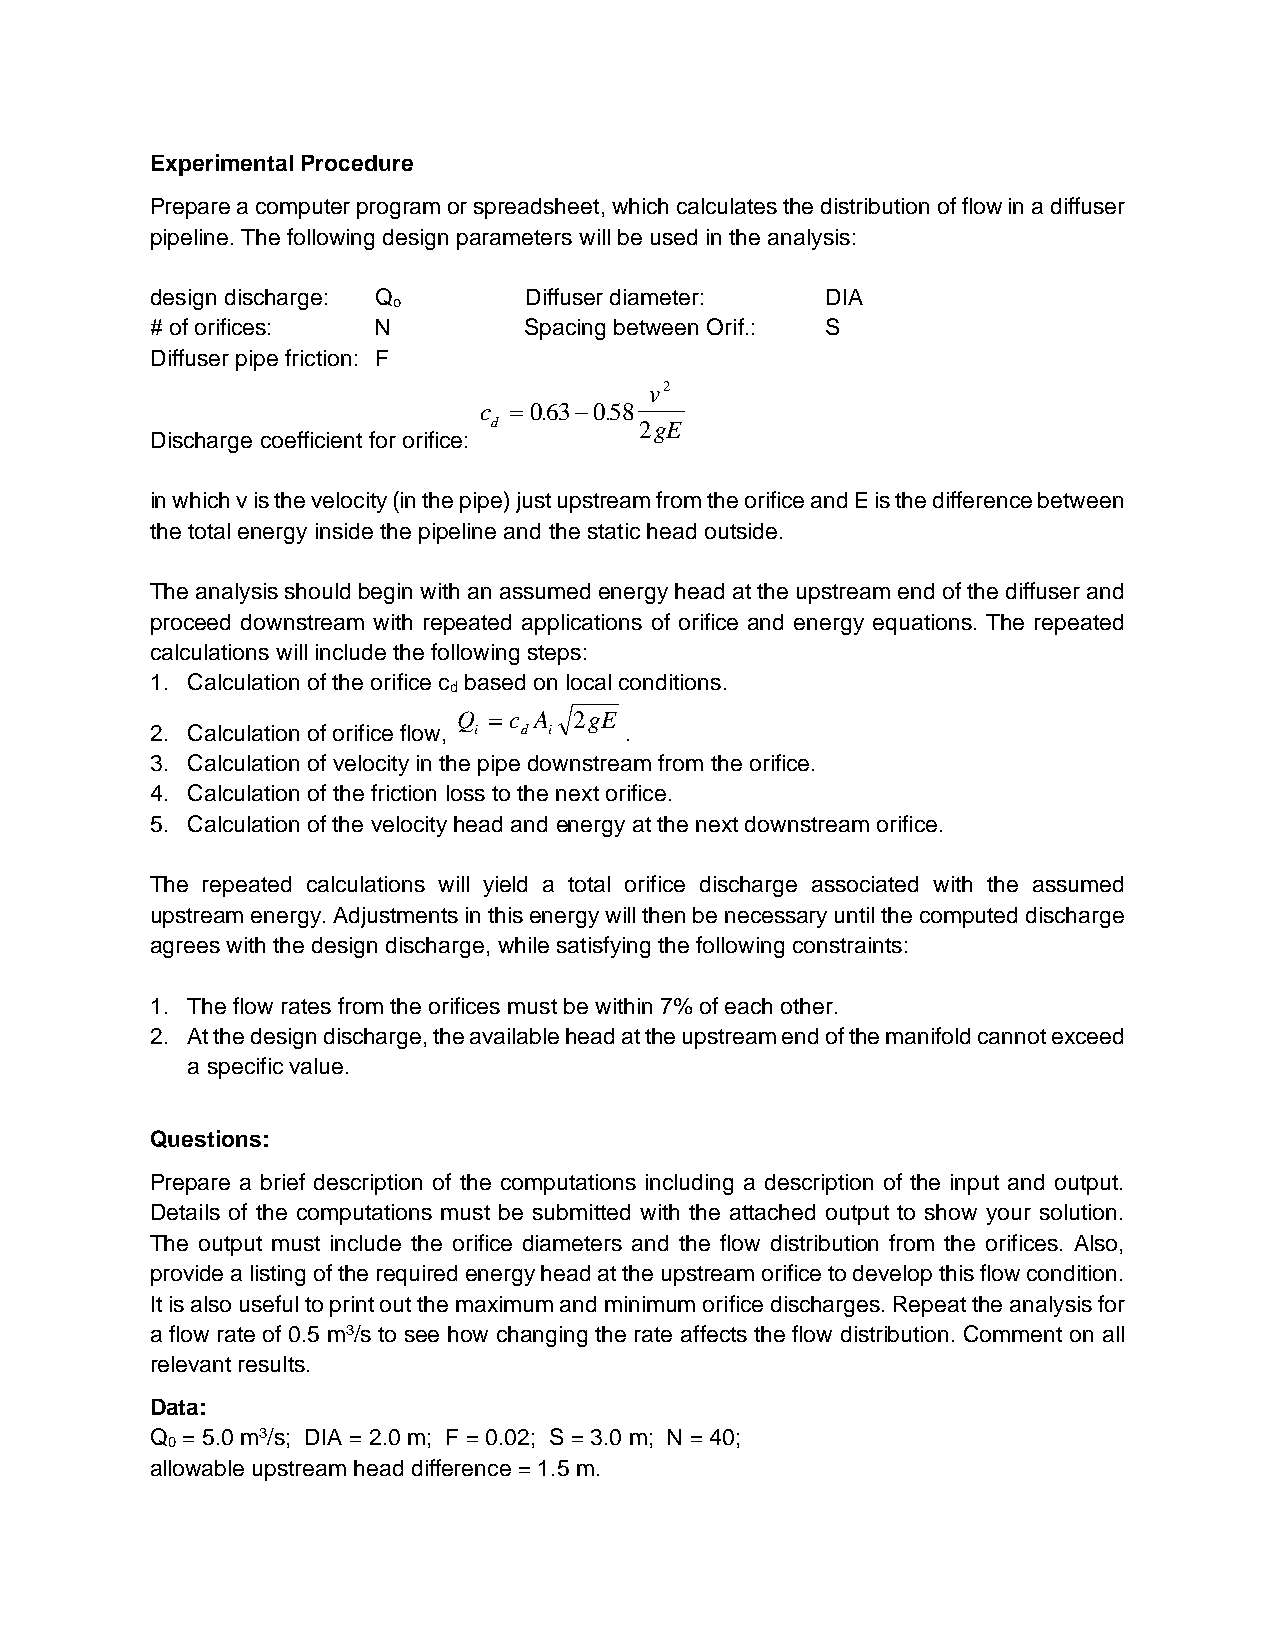
Experimental Procedure
 Prepare a computer program or spreadsheet, which calculates the distribution of flow in a diffuser
 pipeline. The following design parameters will be used in the analysis:
 design discharge: Q      Diffuser diameter:  DIA
 o
 # of orifices: N         Spacing between Orif.: S
 Diffuser pipe friction: F
 v2
 c  0.630.58
 d         2gE
 Discharge coefficient for orifice:
 in which v is the velocity (in the pipe) just upstream from the orifice and E is the difference between
 the total energy inside the pipeline and the static head outside.
 The analysis should begin with an assumed energy head at the upstream end of the diffuser and
 proceed downstream with repeated applications of orifice and energy equations. The repeated
 calculations will include the following steps:
 1. Calculation of the orifice c based on local conditions.
 d
 Q  c A 2gE
 2. Calculation of orifice flow, i d i .
 3. Calculation of velocity in the pipe downstream from the orifice.
 4. Calculation of the friction loss to the next orifice.
 5. Calculation of the velocity head and energy at the next downstream orifice.
 The repeated calculations will yield a total orifice discharge associated with the assumed
 upstream energy. Adjustments in this energy will then be necessary until the computed discharge
 agrees with the design discharge, while satisfying the following constraints:
 1. The flow rates from the orifices must be within 7% of each other.
 2. At the design discharge, the available head at the upstream end of the manifold cannot exceed
 a specific value.
 Questions:
 Prepare a brief description of the computations including a description of the input and output.
 Details of the computations must be submitted with the attached output to show your solution.
 The output must include the orifice diameters and the flow distribution from the orifices. Also,
 provide a listing of the required energy head at the upstream orifice to develop this flow condition.
 It is also useful to print out the maximum and minimum orifice discharges. Repeat the analysis for
 a flow rate of 0.5 m3/s to see how changing the rate affects the flow distribution. Comment on all
 relevant results.
 Data:
 Q = 5.0 m3/s; DIA = 2.0 m; F = 0.02; S = 3.0 m; N = 40;
 0
 allowable upstream head difference = 1.5 m.